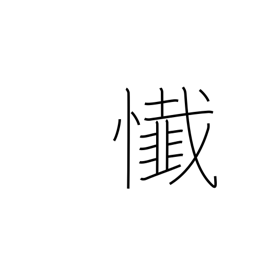
Meaning: remorse